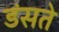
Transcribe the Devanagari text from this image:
डंसते